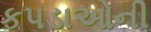
કપડાઓની